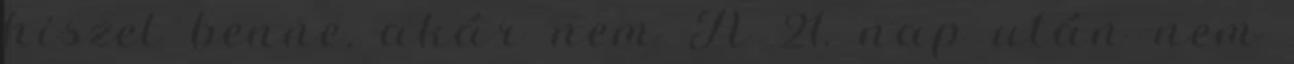
hiszel benne, akár nem A 21. nap után nem